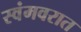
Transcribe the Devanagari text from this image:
स्वंमवरात